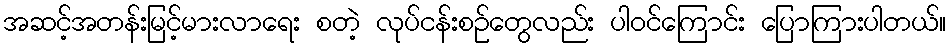
အဆင့်အတန်းမြင့်မားလာရေး စတဲ့ လုပ်ငန်းစဉ်တွေလည်း ပါဝင်ကြောင်း ပြောကြားပါတယ်။